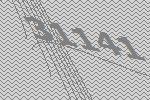
31141